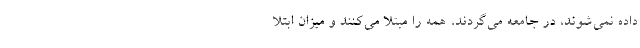
داده نمی‌شوند، در جامعه می‌گردند، همه را مبتلا می‌کنند و میزان ابتلا